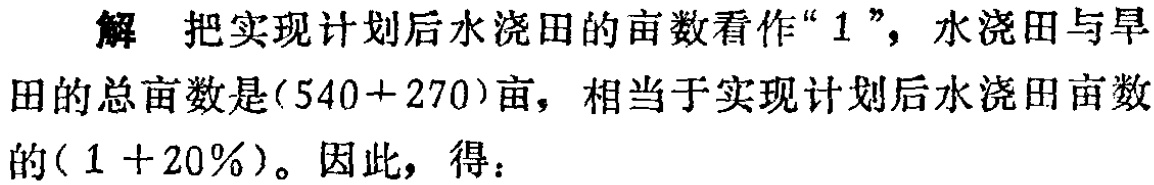
解 把实现计划后水浇田的亩数看作“$1$”，水浇田与旱

田的总亩数是$(540 + 270)$亩，相当于实现计划后水浇田亩数

的$(1 + 20\%)$。因此，得：